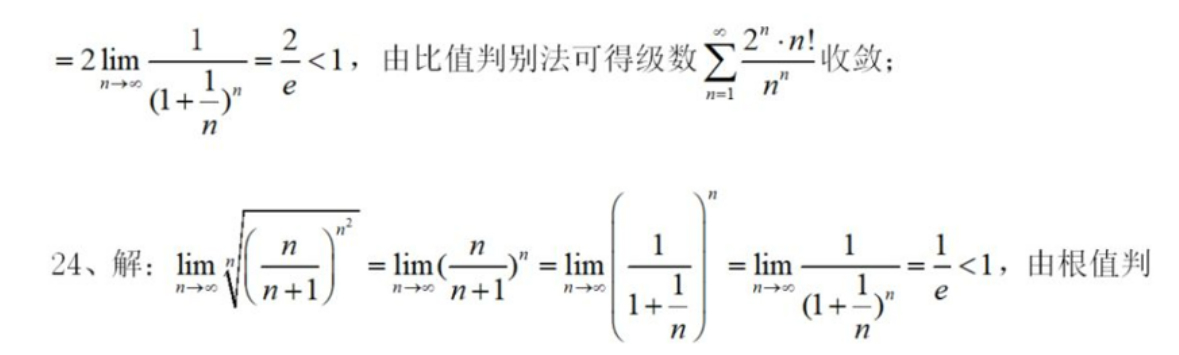
\[
=2\lim_{n \to \infty} \frac{1}{(1 + \frac{1}{n})^n}=\frac{2}{e}<1，\text{ 由比值判别法可得级数 }\sum_{n = 1}^{\infty}\frac{2^n\cdot n!}{n^n}\text{ 收敛；}
\]
\[
24、\text{解：}\lim_{n \to \infty} \sqrt[n]{\left(\frac{n}{n + 1}\right)^{n^2}}=\lim_{n \to \infty} \left(\frac{n}{n + 1}\right)^n=\lim_{n \to \infty} \left(\frac{1}{1 + \frac{1}{n}}\right)^n=\lim_{n \to \infty} \frac{1}{(1 + \frac{1}{n})^n}=\frac{1}{e}<1，\text{ 由根值判}
\]